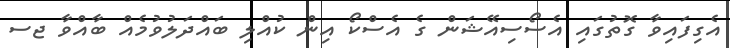
އެގިފައިވާ ގޮތުގައި އެސޯސިއޭޝަން ގެ އެސްކޯ އިން ކުއްލި ބައްދަލުވުމެއް ބާއްވާ ޖސ